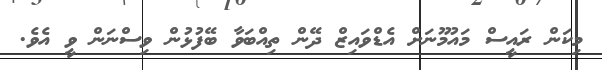
މިކަން ރައީސް މައުމޫނަށް އެޑްވައިޒް ދޭން ތިއްބަވާ ބޭފުޅުން ވިސްނަން ވީ އެވެ.